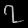
Digit: ၇